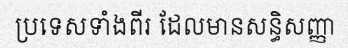
ប្រទេសទាំងពីរ ដែលមានសន្ធិសញ្ញា